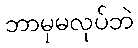
ဘာမှမလုပ်ဘဲ